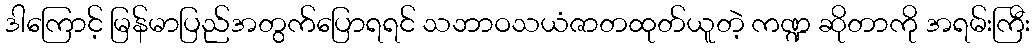
ဒါကြောင့် မြန်မာပြည်အတွက်ပြောရရင် သဘာဝသယံဇာတထုတ်ယူတဲ့ ကဏ္ဍ ဆိုတာကို အရမ်းကြီး